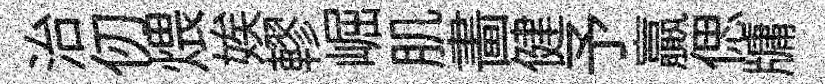
治仞煨娭轇崛肌畵健予贏偲牗